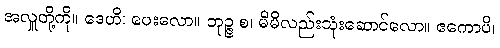
အလှူတို့ကို။ ဒေဟိ၊ ပေးလော။ ဘုဉ္ဇ စ၊ မိမိလည်းသုံးဆောင်လော။ ဧကောပိ၊